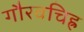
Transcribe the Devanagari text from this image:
गौरवचिह्र